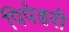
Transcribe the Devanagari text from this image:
पिपेहरी